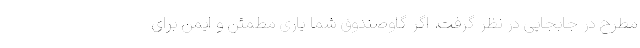
مطرح در جابجایی در نظر گرفت. اگر گاوصندوق شما یاری مطمئن و ایمن برای